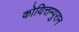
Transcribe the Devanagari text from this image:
कोयित्तम्पुरान